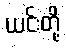
ယင်းတို့